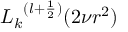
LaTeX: { L _ { k } } ^ { ( l + { \frac { 1 } { 2 } } ) } ( 2 \nu r ^ { 2 } )